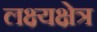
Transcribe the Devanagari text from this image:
लक्ष्यक्षेत्र